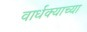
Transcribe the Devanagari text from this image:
वार्धक्याच्या